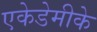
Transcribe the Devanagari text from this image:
एकेडेमीके